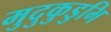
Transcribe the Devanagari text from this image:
मुदुकुडुभि